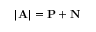
| \mathbf { A } | = \mathbf { P } + \mathbf { N }